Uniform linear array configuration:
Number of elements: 16
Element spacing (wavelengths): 0.25
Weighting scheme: exponential
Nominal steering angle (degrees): -15
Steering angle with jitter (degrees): -16.535
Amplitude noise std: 0.05
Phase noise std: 0.05

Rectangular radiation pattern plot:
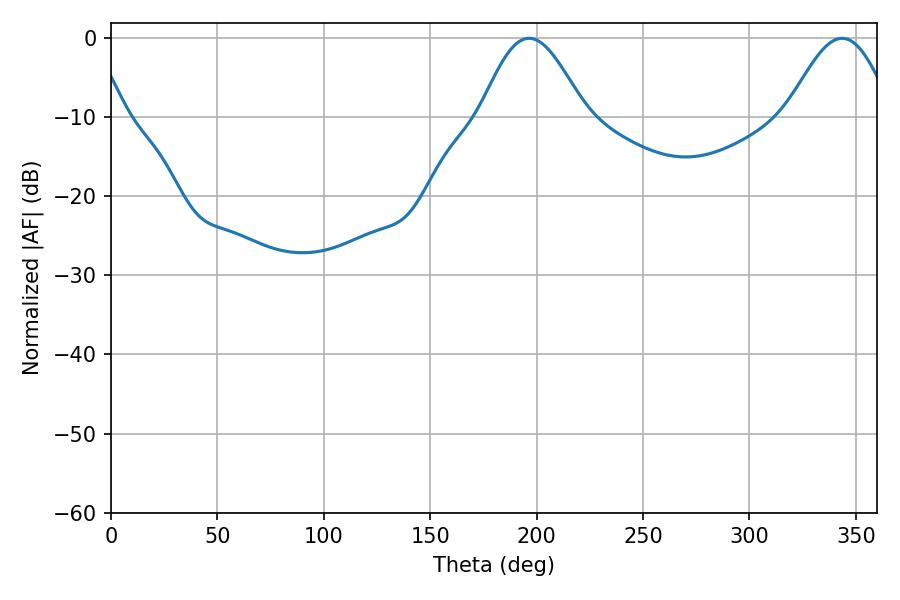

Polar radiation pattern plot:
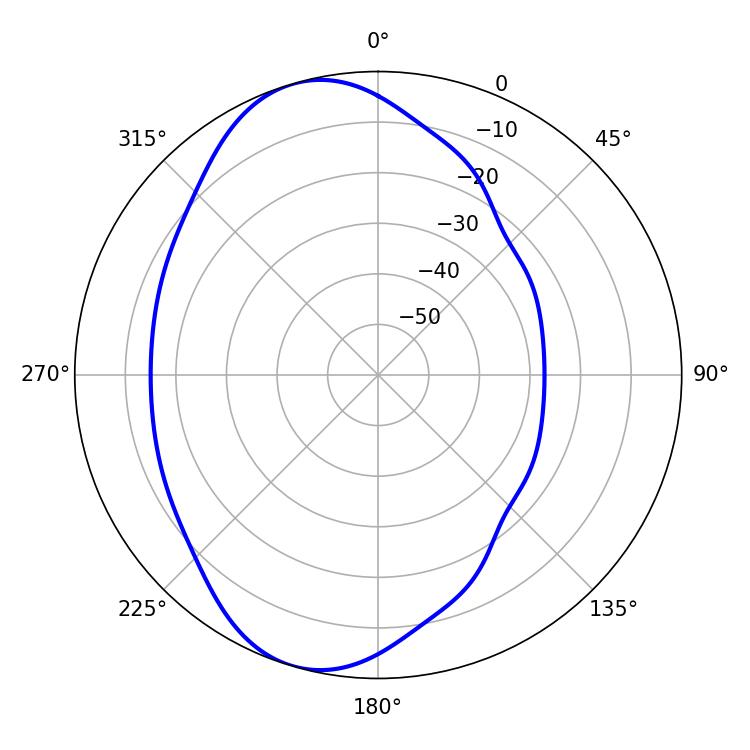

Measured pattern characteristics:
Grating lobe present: FALSE
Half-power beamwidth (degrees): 26.28
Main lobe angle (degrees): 196.38